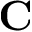
\mathbf { C }